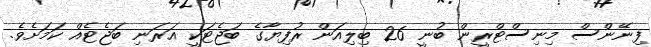
ފިނޭންސް މިނިސްޓްރީން ބުނީ 26 ބިލިއަން ރުފިޔާގެ ބަޖެޓަކީ އަރަނި ބަޖެޓެއް ކަމަށެވެ.